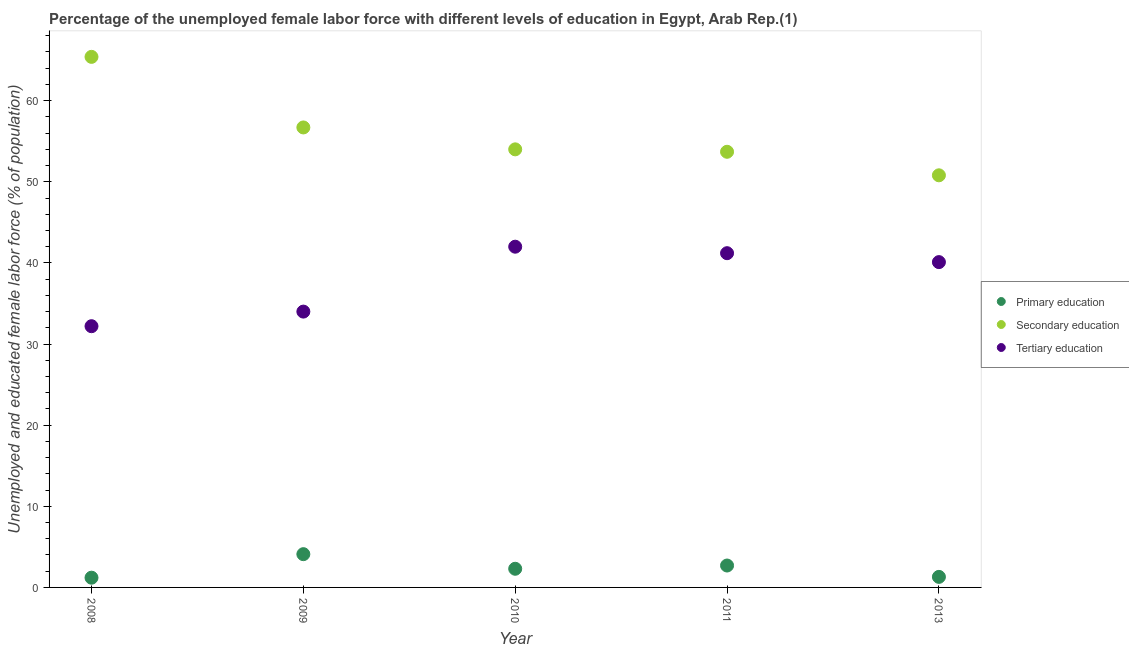
| Year | Primary education | Secondary education | Tertiary education |
 | --- | --- | --- | --- |
 | 2008 | 1.2 | 65.4 | 32.2 |
 | 2009 | 4.1 | 56.7 | 34 |
 | 2010 | 2.3 | 54 | 42 |
 | 2011 | 2.7 | 53.7 | 41.2 |
 | 2013 | 1.3 | 50.8 | 40.1 |